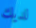
لديك